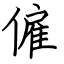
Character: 僱